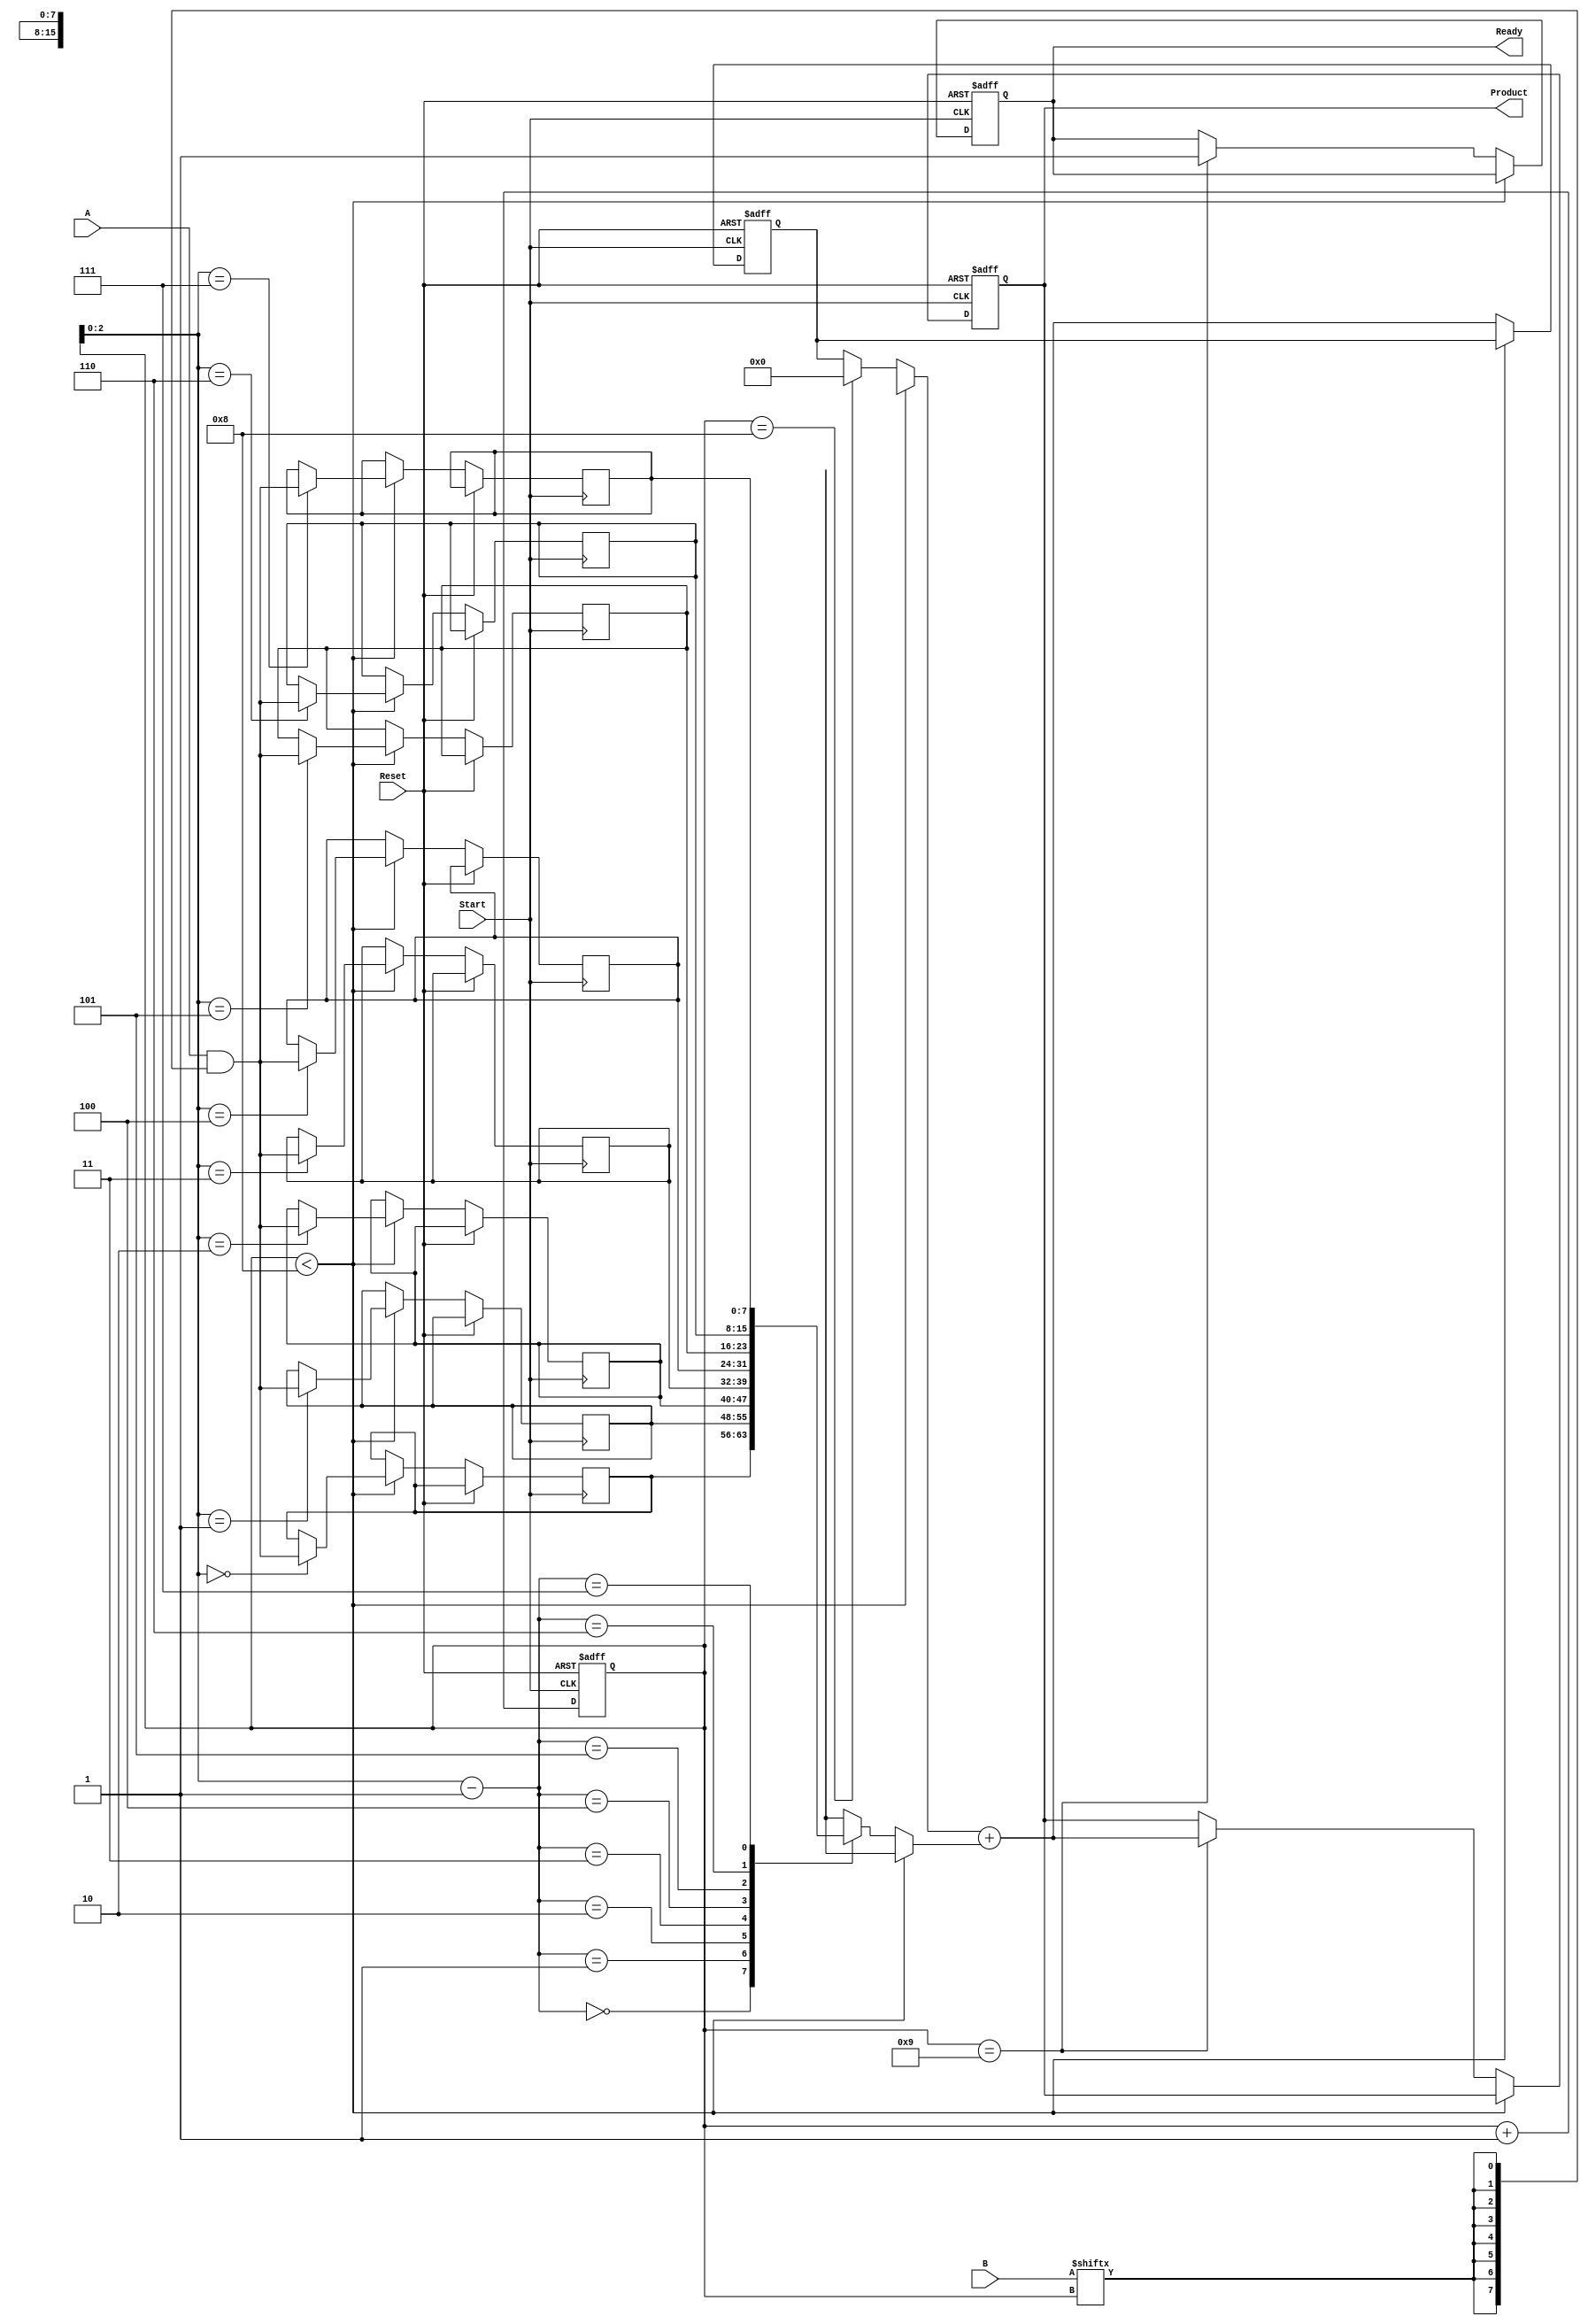
module PartialProductAccumulator #(parameter N = 8, M = 8) (
    input [N-1:0] A,        // Multiplier (n-bit)
    input [M-1:0] B,        // Multiplicand (m-bit)
    input Start,            // Start signal
    input Reset,            // Reset signal
    output reg [N+M-1:0] Product, // Final product (n+m bits)
    output reg Ready        // Signal indicating completion
);

reg [N-1:0] partial_product [0:M-1]; // Array to hold partial products
reg [N+M-1:0] accumulator;             // Accumulator for the product
reg [3:0] count;                       // Count for number of bits processed

// Initial block for reset and initialization
initial begin
    Product = 0;
    Ready = 0;
    accumulator = 0;
    count = 0;
end

// Sequential logic for the accumulator
always @(posedge Start or posedge Reset) begin
    if (Reset) begin
        Product <= 0;
        Ready <= 0;
        accumulator <= 0;
        count <= 0;
    end else begin
        // Generate partial products based on the multiplier B
        if (count < M) begin
            partial_product[count] <= A & {N{B[count]}};  // AND and shift
            count <= count + 1;
        end else begin
            // Accumulate the partial products
            if (count == M) begin
                accumulator = 0; // Reset accumulator before adding
            end
            
            // Add the current partial product to the accumulator
            accumulator = accumulator + partial_product[count - 1];
            count <= count + 1;

            // Check if all bits have been processed
            if (count == M + 1) begin
                Product <= accumulator;
                Ready <= 1; // Indicate that the output product is ready
            end
        end
    end
end

endmodule